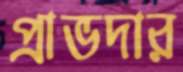
প্রাভদার